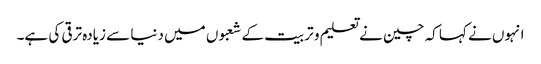
انہوں نے کہا کہ چین نے تعلیم و تربیت کے شعبوں میں دنیا سے زیادہ ترقی کی ہے۔